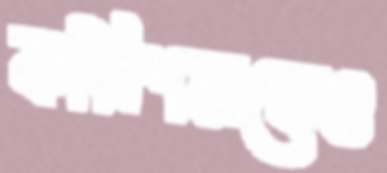
কমিশনকেও